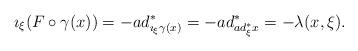
LaTeX: \begin{align*}\imath_\xi (F\circ\gamma(x))=-ad_{\imath_{\xi}\gamma(x)}^*=-ad_{ad_{\xi}^*x}^*&=-\lambda(x,\xi).\end{align*}